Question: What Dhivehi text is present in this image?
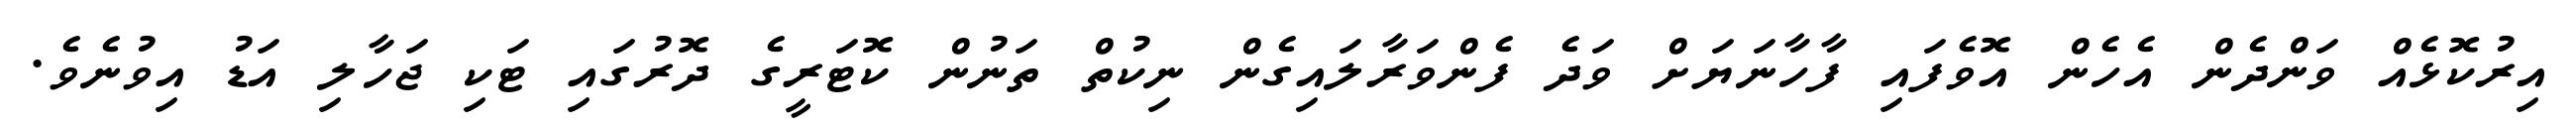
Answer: އިރުކޮޅެއް ވަންދެން އެހެން އޮވެފައި ފާހާނަޔަށް ވަދެ ފެންވަރާލައިގެން ނިކުތް ތަނުން ކޮޓަރީގެ ދޮރުގައި ޓަކި ޖަހާލި އަޑު އިވުނެވެ.